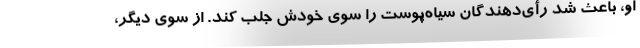
او، باعث شد رأی‌دهندگان سیاه‌پوست را سوی خودش جلب کند. از سوی دیگر،